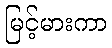
မြင့်မားကာ